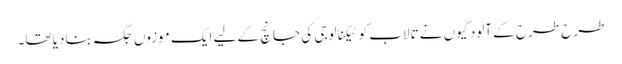
طرح طرح کے آلودگیوں نے تالاب کو ٹیکنالوجی کی جانچ کے لیے ایک موزوں جگہ بنادیا تھا۔